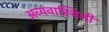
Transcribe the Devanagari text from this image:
अव्यवास्थिती